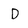
Character: D